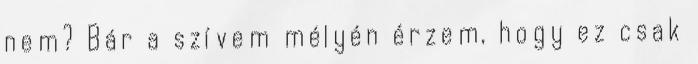
nem? Bár a szívem mélyén érzem, hogy ez csak